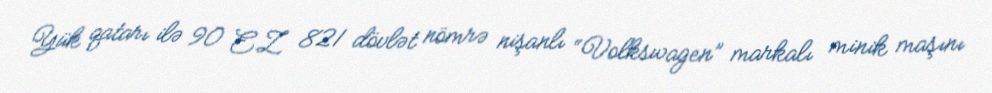
Yük qatarı ilə 90 EZ 821 dövlət nömrə nişanlı “Volkswagen” markalı minik maşını